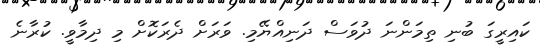
ކައިރީގަ ބުނި ތިމަންނަ ދުވަސް ދަނިއްޔޭމި. ވަރަށް ދެރަކޮށް މި ދިމާވީ. ކުރާނެ